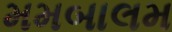
મમબાલમ